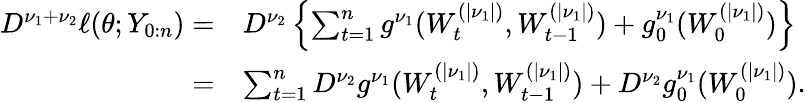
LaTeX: \begin{array}{rl}{D^{\nu_{1}+\nu_{2}}\ell(\theta;Y_{0:n})=}&{D^{\nu_{2}}\left\{ \sum_{t=1}^{n}g^{\nu_{1}}(W_{t}^{(|\nu_{1}|)},W_{t-1}^{(|\nu_{1}|)})+g_{0}^{\nu_{1}}(W_{0}^{(|\nu_{1}|)})\right\} }\\ {=}&{\sum_{t=1}^{n}D^{\nu_{2}}g^{\nu_{1}}(W_{t}^{(|\nu_{1}|)},W_{t-1}^{(|\nu_{1}|)})+D^{\nu_{2}}g_{0}^{\nu_{1}}(W_{0}^{(|\nu_{1}|)}).}\end{array}